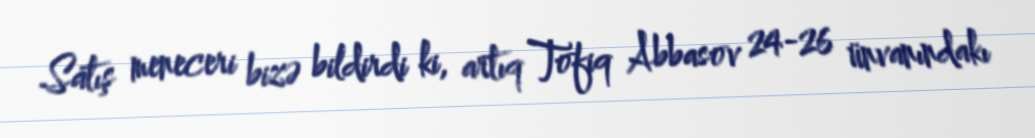
Satış meneceri bizə bildirdi ki, artıq Tofiq Abbasov 24-26 ünvanındakı